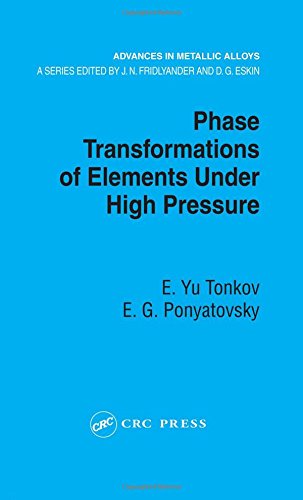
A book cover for Phase Transformations of Elements Under High Pressure (Advances in Metallic Alloys); E. Yu Tonkov; Science & Math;